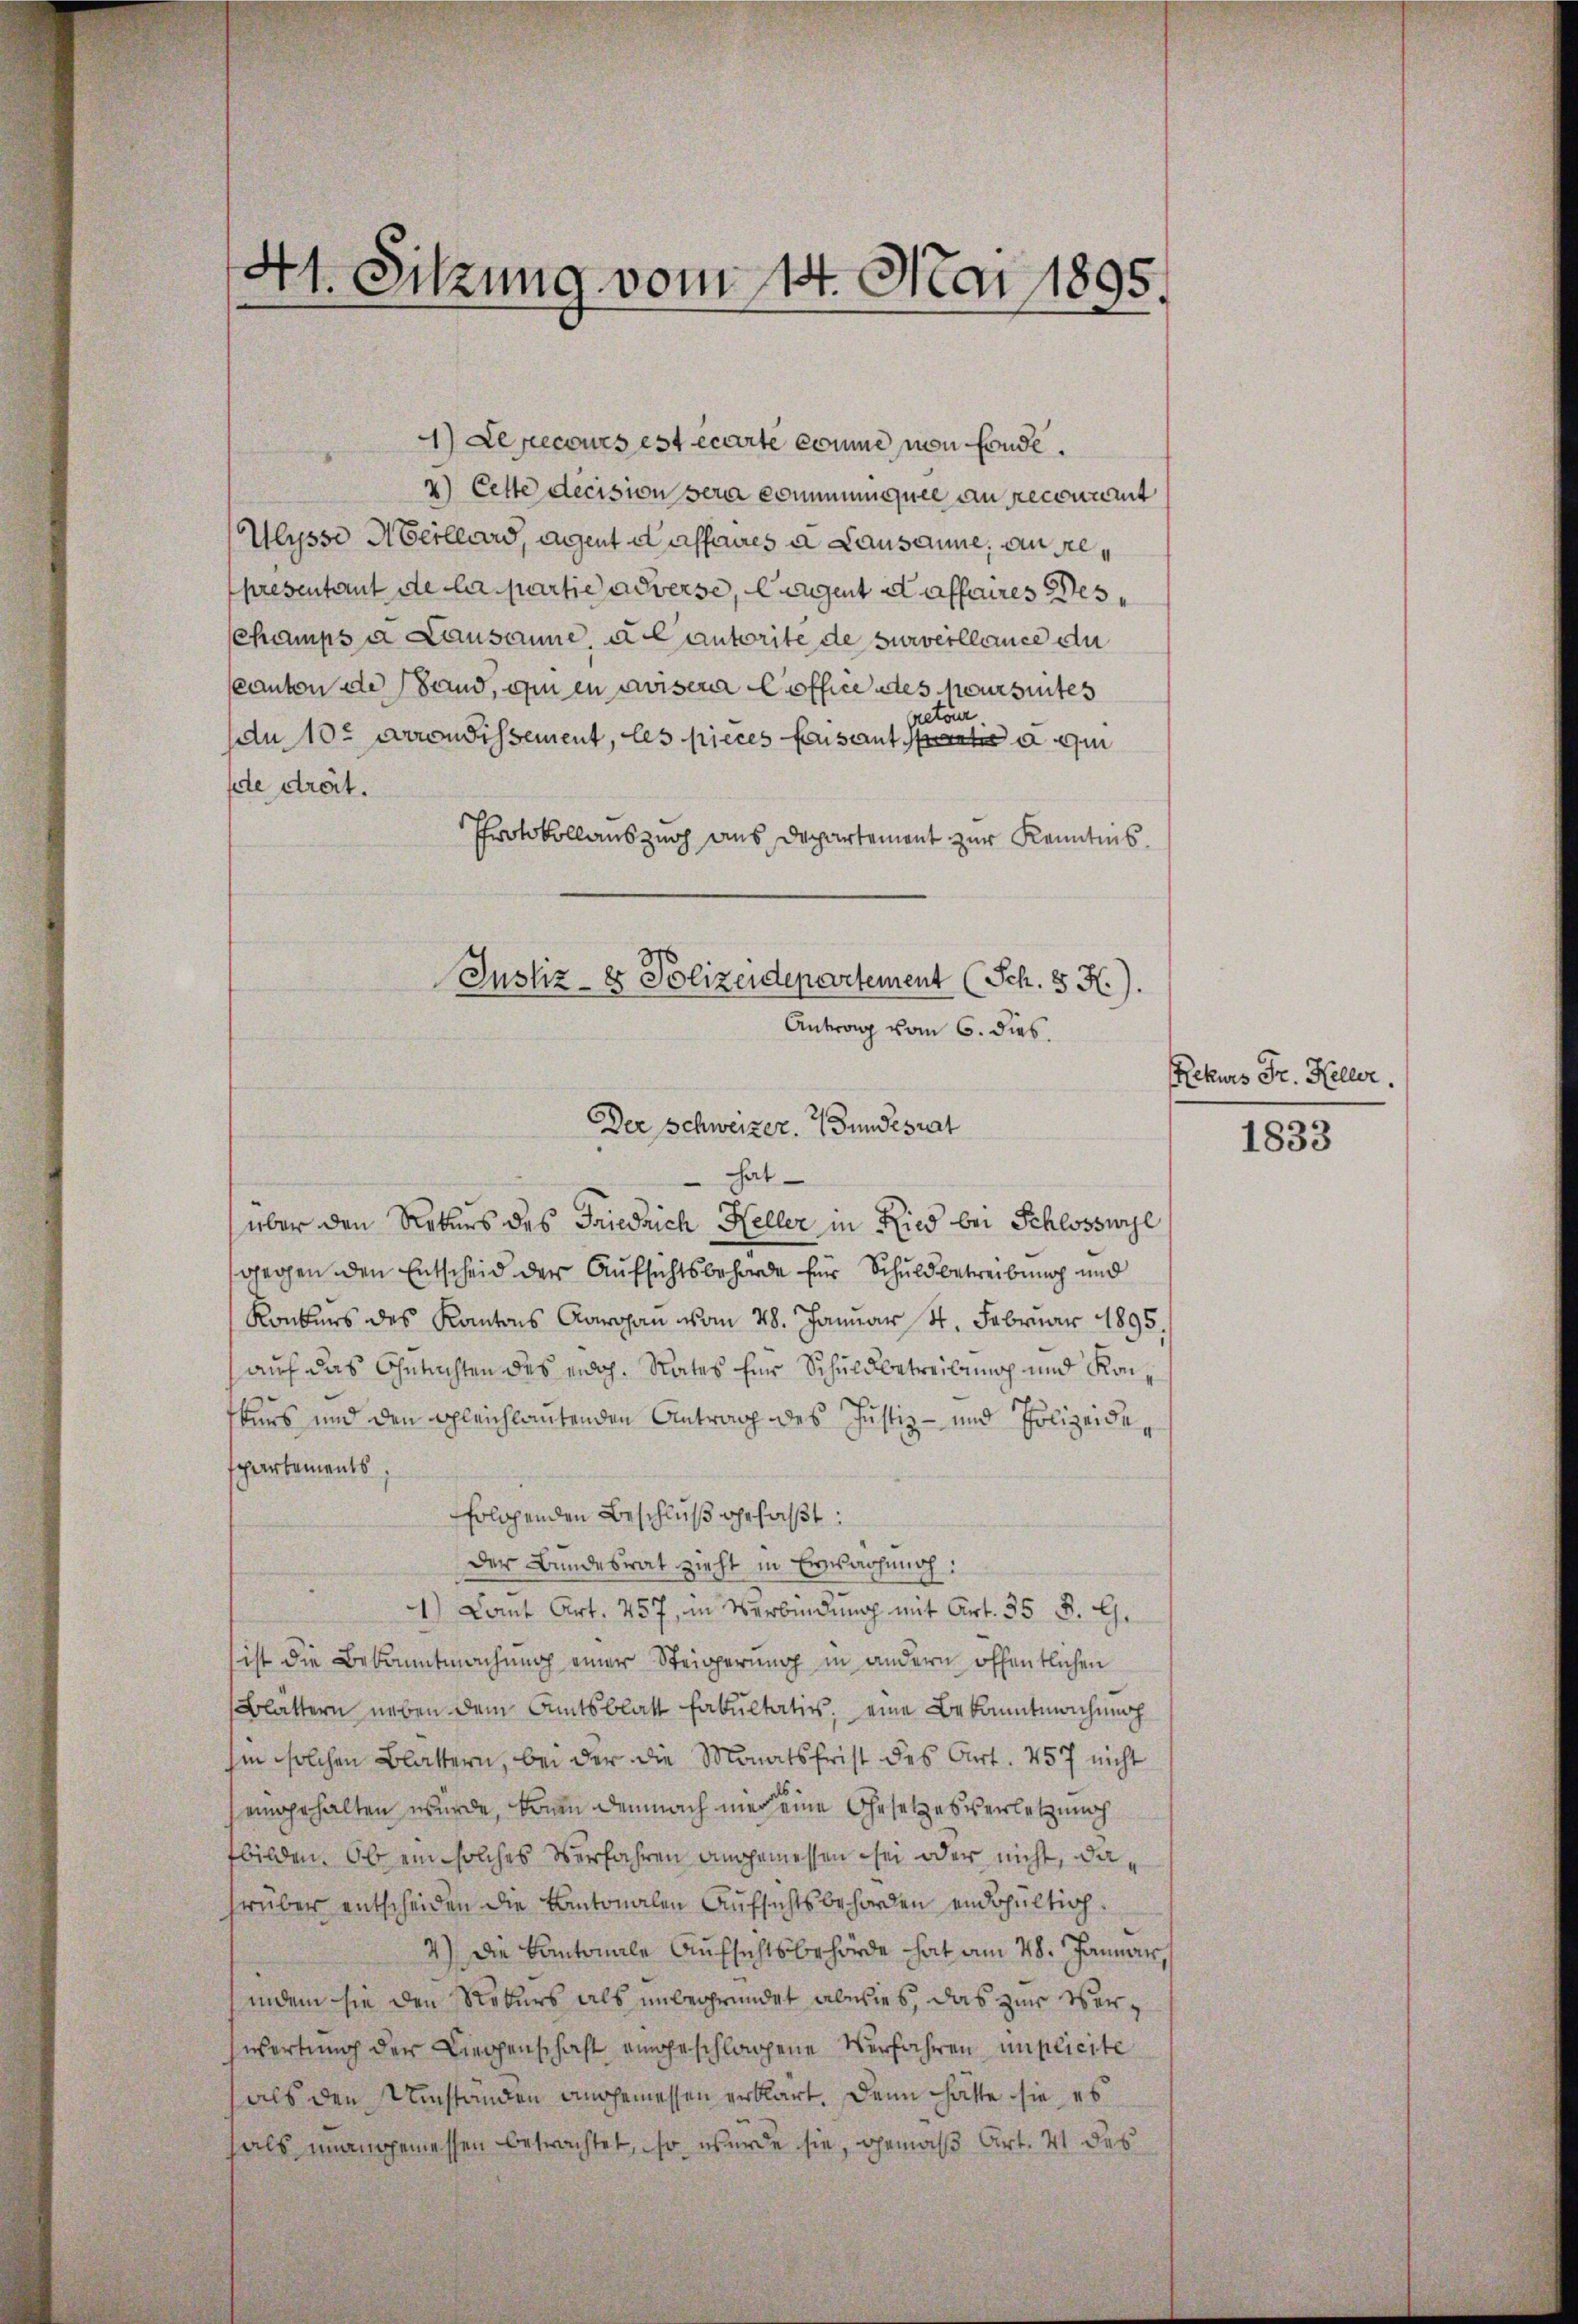
4) Le pecours est écarte comme von fonde.
2) Cette decision sera communiquee an reconnamt
Ulysse Meillard, Agent et affaires a Lausanne, an representant de la partie adverse, liegent daffaires Wese
schampsa Lausanne, all autorite de surveillance du
Canton des Sand, ou en avisera Coffice des joursuites
retour
du 10. Arrondissement, les pieces faisant a qu
fte dreit.
Protokollauszug aus Departement zur Kenntnis.

41. Sitzung vom 14. Mai 1895.

Justiz- & Polizeidepartement (Sch. 8 K.).
Antrag vom 6. dies
Der Schweizer. Bundesrat
hat
über den Rekurs des Friedrich Heller in Ried bei Schlosswyl

gegen den Entscheid der Aufsichtsbehörde für Schuldbetreibung und
Konkurs des Kantons Aargau vom 28. Januar 4. Februar 1895.
auf das Gutachten des erdoh. Rates für Schuldbetreibung und Konkurs und den gleichlautenden Antrag des Justiz- und Polizeide,
schartements
folgenden Beschluß gefaßt:
Der Bundesrat zieht in Erwachung:
1.) Comt Art. 257, in Verbindung mit Art. 35 J. G.
ist die Bekanntmachung einer Steigerung in andern öffentlichen
Blattern neben dem Amtsblatt Fakultativ, eine Bekanntmachung
hin solchen Blättern, bei der die Monatsfrist des Art. 457 nicht
eingehalten wurde, könen demnach mer eine Gesetzesverletzung
fbilden. Ob ein solches Verfahren angemessen sei oder nicht, da,
rüber entscheiden die Kantonalen Aufsichtsbehörden endgültig.
4) Die Kantonale Aufsichtsbehörde hat am 28. Januar,
indem sie den Notars als unbegründet abwies, das zur Verwortung der Liegenschaft eingeschlagene Verfahren implicite
als den Umstanden angemessen erklärt. Dann hätte sie es
als unangemessen betrachtet, so wurde sie, gemäß Art. 41 des

Rekurs Fr. Keller.

1833